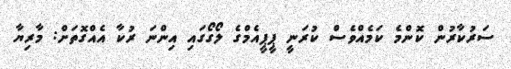
ސަރުކާރުން ކޮންމެ ކަމެއްވެސް ކުރަނީ ޕީޕީއެމްގެ ލޯގޯގައި އިންނަ ރުކާ އެއްގޮތަށް: މާރިޔާ